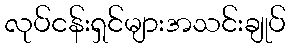
လုပ်ငန်းရှင်များအသင်းချုပ်